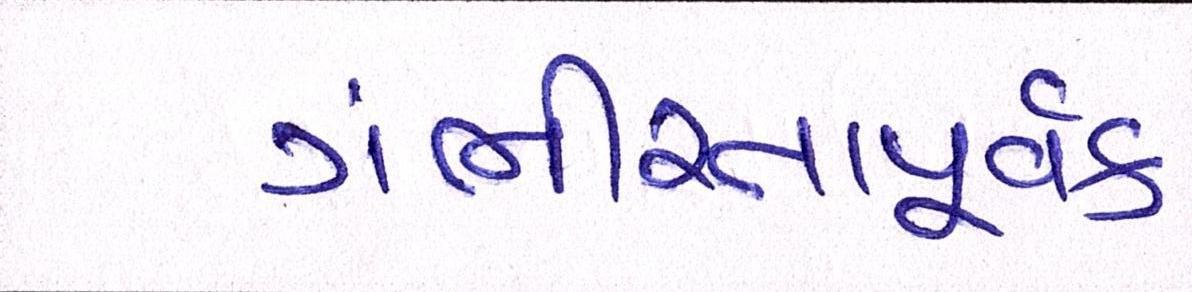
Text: ગંભીરતાપૂર્વક